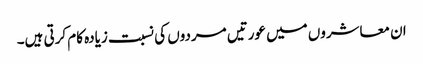
ان معاشروں میں عورتیں مردوں کی نسبت زیادہ کام کرتی ہیں۔